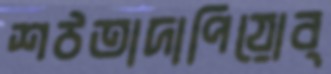
শঠতাদাপিয়োব্